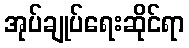
အုပ်ချုပ်ရေးဆိုင်ရာ